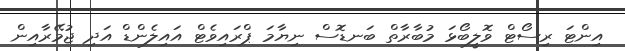
އިންޓަ ރިސޯޓް ވޮލީބޯޅަ މުބާރާތް ބަނޑޮސް ނިޔާމަ ޕްރައިވެޓް އައިލެންޑް އަދި ޖުމޭރާއިން